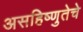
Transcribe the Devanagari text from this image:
असहिष्णुतेचे